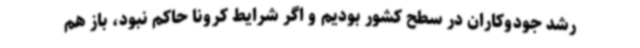
رشد جودوکاران در سطح کشور بودیم و اگر شرایط کرونا حاکم نبود، باز هم